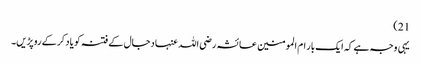
21)
یہی وجہ ہے کہ ایک بار ام المومنین عائشہ رضی اللہ عنہا دجال کے فتنہ کو یاد کرکے روپڑیں۔